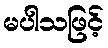
မပါသဖြင့်